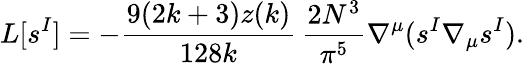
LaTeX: L[s^{I}]=-\frac{9(2k+3)z(k)}{128k}\, \frac{2N^{3}}{\pi^{5}}\nabla^{\mu}(s^{I}\nabla_{\mu}s^{I}).